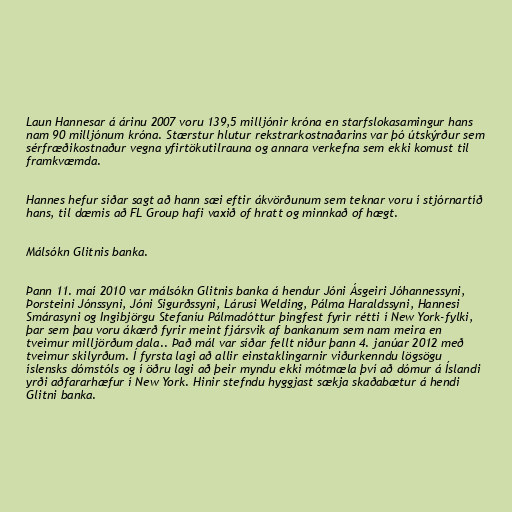
Laun Hannesar á árinu 2007 voru 139,5 milljónir króna en starfslokasamingur hans
nam 90 milljónum króna. Stærstur hlutur rekstrarkostnaðarins var þó útskýrður sem
sérfræðikostnaður vegna yfirtökutilrauna og annara verkefna sem ekki komust til
framkvæmda.

Hannes hefur síðar sagt að hann sæi eftir ákvörðunum sem teknar voru í stjórnartíð
hans, til dæmis að FL Group hafi vaxið of hratt og minnkað of hægt.

Málsókn Glitnis banka.

Þann 11. maí 2010 var málsókn Glitnis banka á hendur Jóni Ásgeiri Jóhannessyni,
Þorsteini Jónssyni, Jóni Sigurðssyni, Lárusi Welding, Pálma Haraldssyni, Hannesi
Smárasyni og Ingibjörgu Stefaníu Pálmadóttur þingfest fyrir rétti í New York-fylki,
þar sem þau voru ákærð fyrir meint fjársvik af bankanum sem nam meira en
tveimur milljörðum dala.. Það mál var síðar fellt niður þann 4. janúar 2012 með
tveimur skilyrðum. Í fyrsta lagi að allir einstaklingarnir viðurkenndu lögsögu
íslensks dómstóls og í öðru lagi að þeir myndu ekki mótmæla því að dómur á Íslandi
yrði aðfararhæfur í New York. Hinir stefndu hyggjast sækja skaðabætur á hendi
Glitni banka.